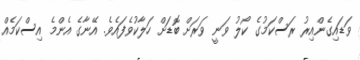
ވަޑައިގެންއިރު ރަސްކަމުގެ ކޯލު ވަނީ ވަރަށް ބޮޑަށް ހަލާކުވެފައެވެ. އޭނާގެ އެންމެ އިސްކަމެއް